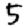
Digit: 5